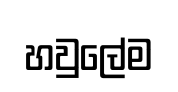
හවුලේම